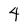
Character: 4